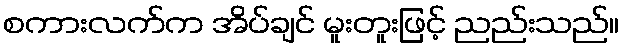
စကားလက်က အိပ်ချင် မူးတူးဖြင့် ညည်းသည်။